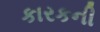
કારકની